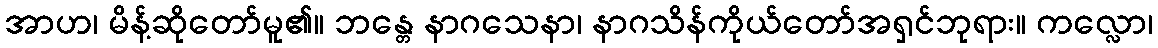
အာဟ၊ မိန့်ဆိုတော်မူ၏။ ဘန္တေ နာဂသေနာ၊ နာဂသိန်ကိုယ်တော်အရှင်ဘုရား။ ကလ္လော၊